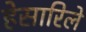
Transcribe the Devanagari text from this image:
हेसारिले